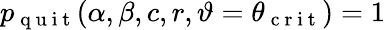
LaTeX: p_{\mathrm{~q~u~i~t~}}(\alpha,\beta,c,r,\vartheta=\theta_{\mathrm{~c~r~i~t~}})=1